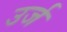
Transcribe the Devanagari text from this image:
उर्ज